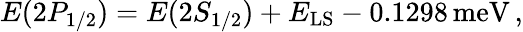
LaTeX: \begin{array}{r}{E(2P_{1/2})=E(2S_{1/2})+E_{\mathrm{LS}}-0.1298\, \mathrm{meV}\, ,}\end{array}